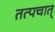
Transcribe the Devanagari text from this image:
तत्पचात्